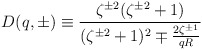
\begin{align*}D(q, \pm) \equiv \frac{\zeta^{\pm 2} (\zeta^{\pm 2} + 1)}{(\zeta^{\pm2} + 1)^2 \mp \frac{2 \zeta^{\pm 1}}{qR}}\end{align*}